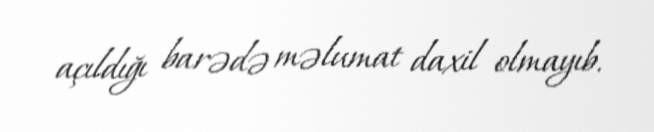
açıldığı barədə məlumat daxil olmayıb.